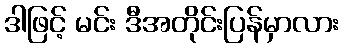
ဒါဖြင့် မင်း ဒီအတိုင်းပြန်မှာလား